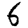
Digit: 6